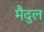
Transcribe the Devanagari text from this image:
मैदुल